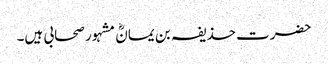
حضرت حذیفہ بن یمانؓ مشہور صحابی ہیں۔